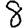
Digit: 8